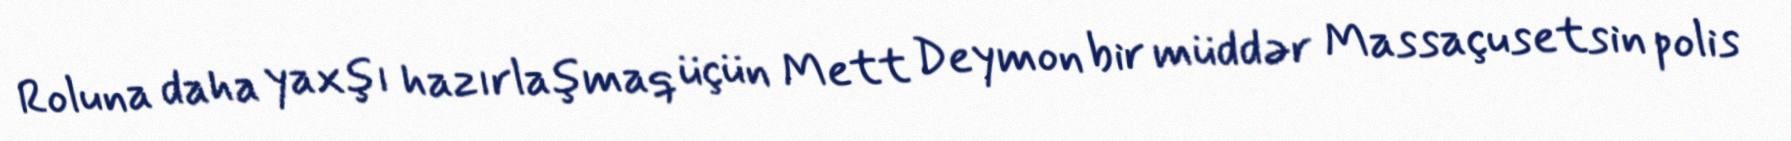
Roluna daha yaxşı hazırlaşmaq üçün Mett Deymon bir müddər Massaçusetsin polis